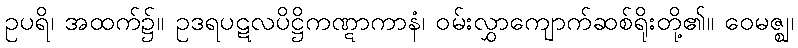
ဥပရိ၊ အထက်၌။ ဥဒရပဋလပိဋ္ဌိကဏ္ဋာကာနံ၊ ဝမ်းလွှာကျောက်ဆစ်ရိုးတို့၏။ ဝေမဇ္ဈ၊